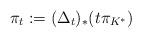
LaTeX: \begin{align*}\pi_t := (\Delta_t)_* (t\pi_{K^*})\end{align*}